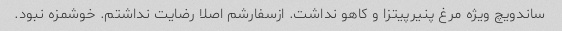
ساندویچ ویژه مرغ پنیرپیتزا و کاهو نداشت. ازسفارشم اصلا رضایت نداشتم. خوشمزه نبود.